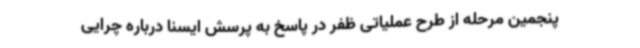
پنجمین مرحله از طرح عملیاتی ظفر در پاسخ به پرسش ایسنا درباره چرایی